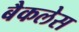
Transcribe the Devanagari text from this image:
बैकलेस